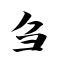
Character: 刍